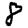
Digit: 8